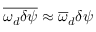
\overline { { \omega _ { d } \delta \psi } } \approx \overline { { \omega } } _ { d } \delta \psi